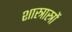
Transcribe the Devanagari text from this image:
शास्त्रास्त्रों